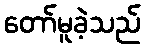
တော်မူခဲ့သည်